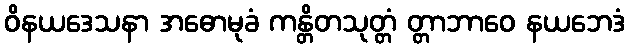
ဝိနယဒေသနာ အဓောမုခံ ကန္တိတသုတ္တံ တ္တာဘာဝေ နယဘေဒံ